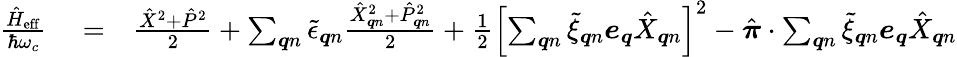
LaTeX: \begin{array}{rlr}{\frac{\hat{H}_{\mathrm{eff}}}{\hbar\omega_{c}}}&{{}=}&{\frac{\hat{X}^{2}+\hat{P}^{2}}{2}+\sum_{\boldsymbol{q}n}\tilde{\epsilon}_{\boldsymbol{q}n}\frac{\hat{X}_{\boldsymbol{q}n}^{2}+\hat{P}_{\boldsymbol{q}n}^{2}}{2}+\frac{1}{2}\left[\sum_{\boldsymbol{q}n}\tilde{\xi}_{\boldsymbol{q}n}\boldsymbol{e}_{\boldsymbol{q}}\hat{X}_{\boldsymbol{q}n}\right]^{2}-\hat{\boldsymbol{\pi}}\cdot\sum_{\boldsymbol{q}n}\tilde{\xi}_{\boldsymbol{q}n}\boldsymbol{e}_{\boldsymbol{q}}\hat{X}_{\boldsymbol{q}n}}\end{array}